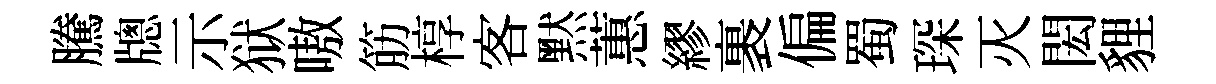
騰牕示狱嗷筋椁客黙蕙繆裹偏蜀琛灭閎貍